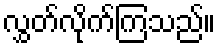
လွှတ်လိုက်ကြသည်။